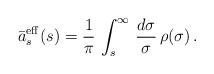
LaTeX: \begin{align*}\bar{a}_s^{\rm eff}(s)=\frac{1}{\pi }\,\int_s^\infty\,\frac{d\sigma}{\sigma}\,\rho(\sigma)\, .\end{align*}